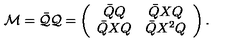
{ \cal M } = \bar { \cal Q } { \cal Q } = \left( \begin{array} { c c } { \bar { Q } Q } & { \bar { Q } X Q } \\ { \bar { Q } X Q } & { \bar { Q } X ^ { 2 } Q } \\ \end{array} \right) .